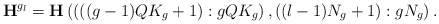
\begin{align*}\mathbf{H}^{g_l} = \mathbf{H}\left( \left( \left((g-1)QK_g + 1 \right):gQK_g \right), ((l-1)N_g + 1):gN_g \right).\end{align*}